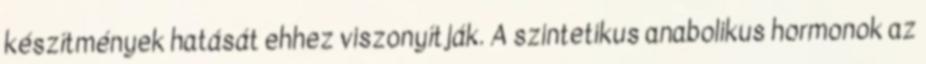
készítmények hatását ehhez viszonyítják. A szintetikus anabolikus hormonok az